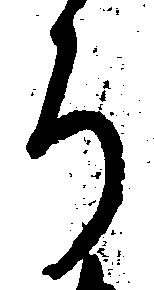
ち